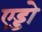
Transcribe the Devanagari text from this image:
एड्डो